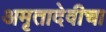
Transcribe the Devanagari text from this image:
अमृतादेवीचा